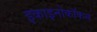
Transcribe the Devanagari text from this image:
इकाइनोकॉकस